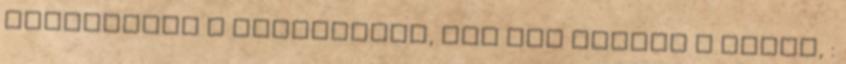
nézegessem a fényképeit, nah itt betelt a pohár, :